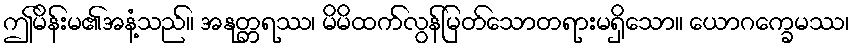
ဤမိန်းမ၏အနံ့သည်။ အနုတ္တရဿ၊ မိမိထက်လွန်မြတ်သောတရားမရှိသော။ ယောဂက္ခေမဿ၊